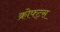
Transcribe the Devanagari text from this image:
क्रोफ्ट्स